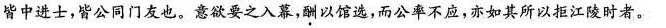
皆中进士，皆公同门友也。意欲要之入幕，酬以馆选，而公率不应，亦如其所以拒江陵时者。